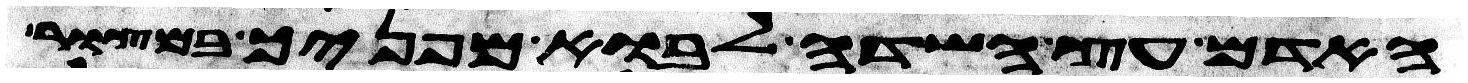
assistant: האדם עץ השדה לבוא מפניך במצור